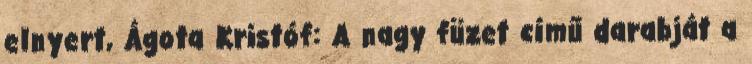
elnyert, Ágota Kristóf: A nagy füzet című darabját a